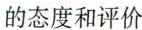
的态度和评价